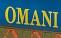
omani